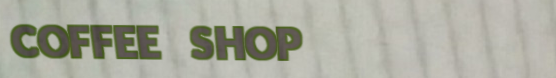
COFFEE SHOP